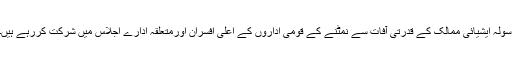
سولہ ایشیائی ممالک کے قدرتی آفات سے نمٹنے کے قومی اداروں کے اعلیٰ افسران اورمتعلقہ ادارے اجلاس میں شرکت کررہے ہیں۔